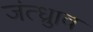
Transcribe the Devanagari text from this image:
जंत्ध्रुाव